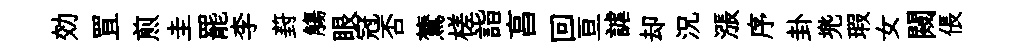
効罝煎圭罷李葑觴眼冠否鷟槎詣亯回亘謔却況漲序卦兠瑕女闚倀